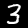
Digit: 3